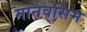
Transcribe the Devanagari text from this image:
मानवासम